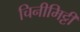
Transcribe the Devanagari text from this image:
चिनीमिट्टी